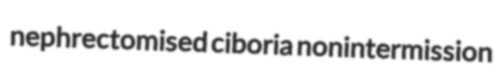
nephrectomised ciboria nonintermission